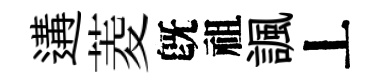
遘菱旣祖諷丄